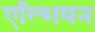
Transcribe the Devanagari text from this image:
एल्शियन